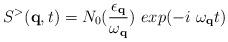
LaTeX: \begin{align*}S^{>}({\bf{q}},t) = N_{0}(\frac{ \epsilon_{ {\bf{q}} } }{\omega_{ {\bf{q}} } }) \mbox{ }exp(-i \mbox{ }\omega_{ {\bf{q}} }t)\end{align*}